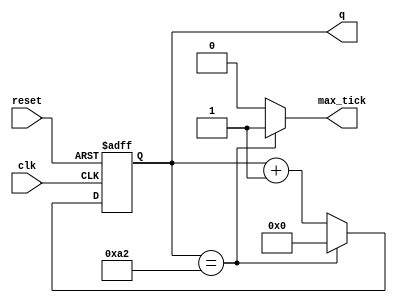
module mod_m_counter
#(
    parameter N = 8,
    parameter M = 163
 )
 (
    input  wire clk, reset,
    output wire max_tick,
    output wire [N-1:0] q
 );

reg [N-1:0] r_reg;
wire [N-1:0] r_next;

always@( posedge clk, negedge reset ) 
begin
    if(~reset)
        r_reg <= 0;
    else
        r_reg <= r_next;
end

assign r_next = ( r_reg == (M-1) ) ? 0 : r_reg + 1;

assign q = r_reg;

assign max_tick = ( r_reg == (M-1) ) ? 1'b1 : 1'b0;

endmodule